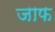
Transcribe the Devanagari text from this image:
जाफ